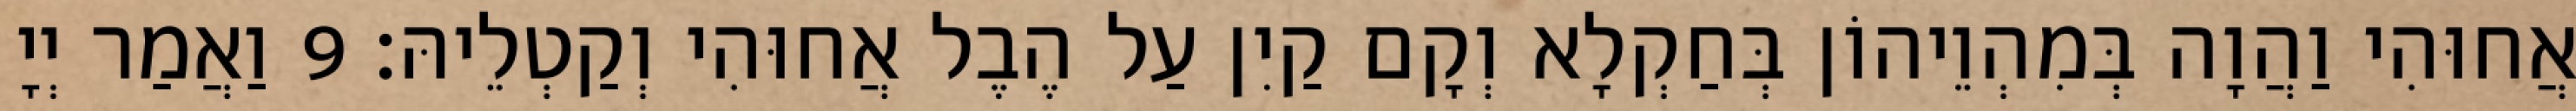
אֲחוּהִי וַהֲוָה בְּמִהְוֵיהוֹן בְּחַקְלָא וְקָם קַיִן עַל הֶבֶל אֲחוּהִי וְקַטְלֵיהּ׃ 9 וַאֲמַר יְיָ